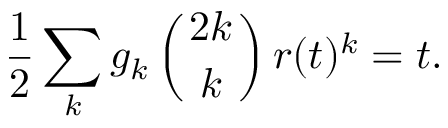
\frac 1 2 \sum _ { k } g _ { k } \left( { 2 k \atop k } \right) r ( t ) ^ { k } = t .